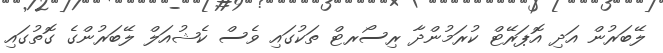
ލޭބަރުން އަދި އޮޕަރޭޓް ކުރަމުންދާ ރިސޯރޓް ތަކުގައި ވެސް ކެޝުއަލް ލޭބަރުންގެ ގޮތުގައި